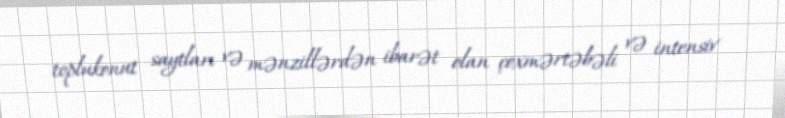
toplukonut saytları və mənzillərdən ibarət olan çoxmərtəbəli və intensiv